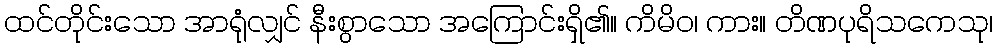
ထင်တိုင်းသော အာရုံလျှင် နီးစွာသော အကြောင်းရှိ၏။ ကိမိဝ၊ ကား။ တိဏပုရိသကေသု၊